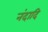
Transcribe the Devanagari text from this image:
नंदादि